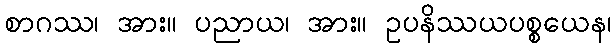
စာဂဿ၊ အား။ ပညာယ၊ အား။ ဥပနိဿယပစ္စယေန၊